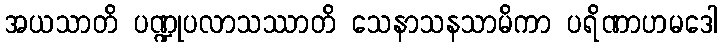
အယသာတိ ပဏ္ဍုပလာသဿာတိ သေနာသနသာမိကာ ပရိဏာဟမဒေါ